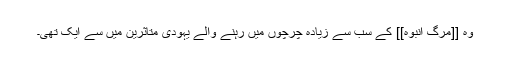
وہ [[مرگ انبوہ]] کے سب سے زیادہ چرچوں میں رہنے والے یہودی متاثرین میں سے ایک تھی۔